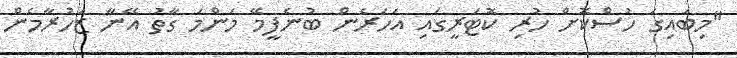
"މިބައިގަ ހުސްކޮށް ހުރި ކޮޓަރީގައި އަހަރެން ބުނެފީމޭ މަންމަ ގާތު އޭނާ ޒަހުރާމެން